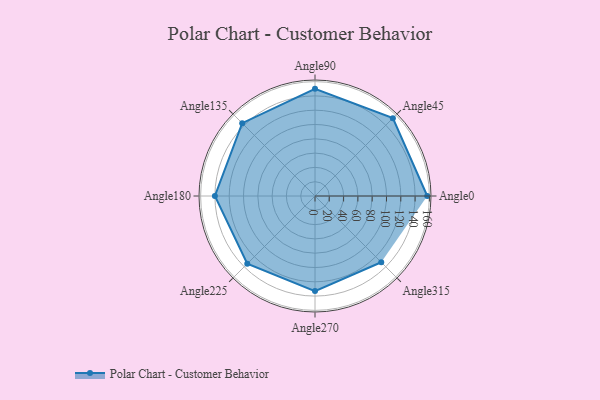
{"axis": {"x": "Angle", "y": "Radius"}, "legend": [""], "data": [{"x": "Angle0", "y": 157.0, "type": ""}, {"x": "Angle45", "y": 154.0, "type": ""}, {"x": "Angle90", "y": 150.0, "type": ""}, {"x": "Angle135", "y": 144.0, "type": ""}, {"x": "Angle180", "y": 140.0, "type": ""}, {"x": "Angle225", "y": 134.0, "type": ""}, {"x": "Angle270", "y": 133.0, "type": ""}, {"x": "Angle315", "y": 131.0, "type": ""}]}